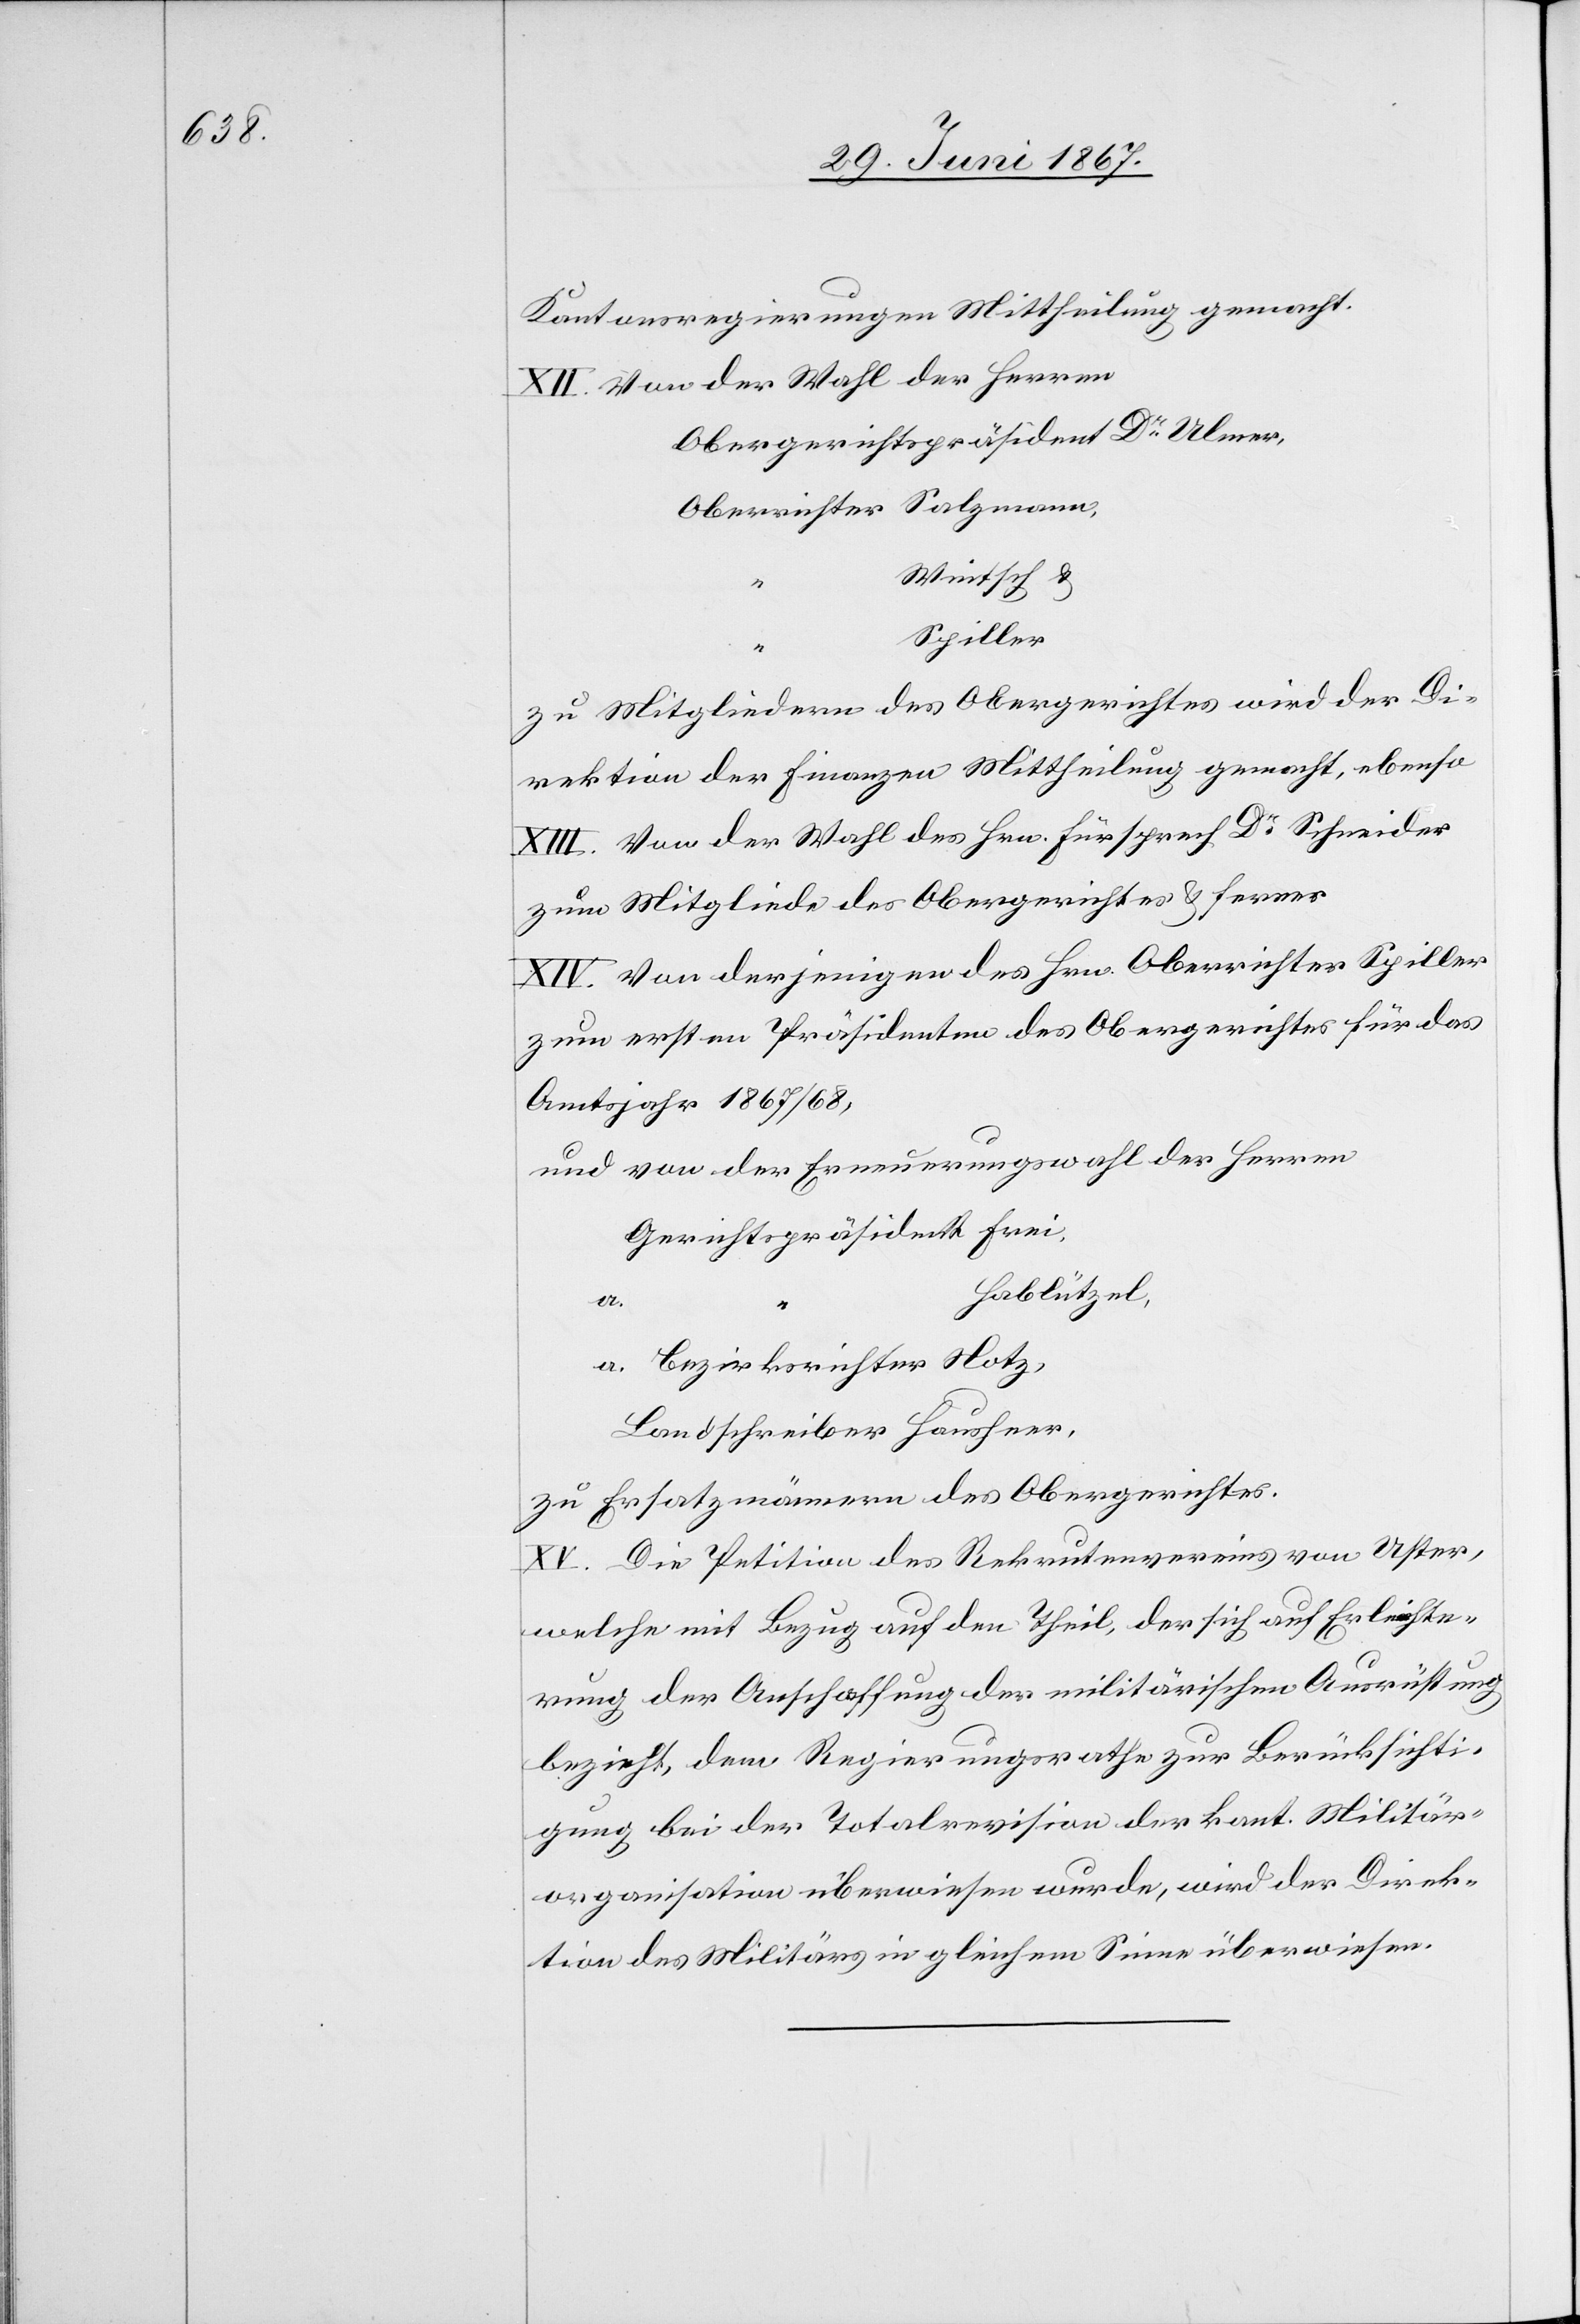
Kantonsregierungen Mittheilung gemacht.
XII. Von der Wahl der Herren
Obergerichtspräsident Dr. Ulmer,
Oberrichter Salzmann,
Wintsch u.
Spiller
zu Mitgliedern des Obergerichtes wird der Di¬
rektion der Finanzen Mittheilung gemacht, ebenso
XIII. Von der Wahl des Hrn. Fürsprech Dr. Schneider
zum Mitgliede des Obergerichtes u. ferner
XIV. Von derjenigen des Hrn. Oberrichter Spiller
zum ersten Präsidenten des Obergerichtes für das
Amtsjahr 1867/68,
und von der Erneuerungswahl der Herren
Gerichtspräsident Frei,
Hablützel,
a. Bezirksrichter Hotz,
Landschreiber Hausherr,
zu Ersatzmännern des Obergerichtes.
XV. Die Petition des Rekrutenvereins von Uster,
welche mit Bezug auf den Theil, der sich auf Erleichte¬
rung der Anschaffung der militärischen Ausrüstung
bezieht, dem Regierungsrathe zur Berücksichti¬
gung bei der Totalrevision der kant. Militär¬
organisation überwiesen wurde, wird der Direk¬
tion des Militärs in gleichem Sinne überwiesen.